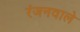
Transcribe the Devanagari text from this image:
रंजनवाले